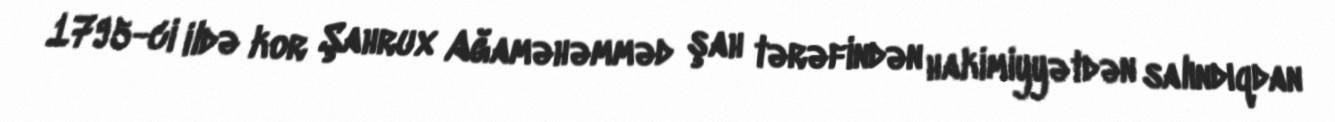
1795-ci ildə kor Şahrux Ağaməhəmməd şah tərəfindən hakimiyyətdən salındıqdan